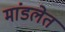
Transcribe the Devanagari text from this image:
मांडलेत